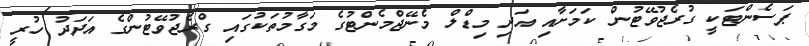
ޕަސެންޓަކީ ގުރެޖުވޭޓުން ކަމަށާއި އަދި މިޑްލް މެނޭޖްމެންޓުގެ މަގާމުތަކުގައި ގްރެޖުވޭޓުންގެ އަދަދު ހުރީ